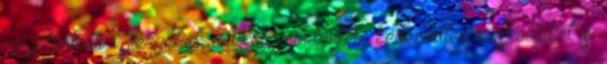
az jelentheti a férgeket, tetűket, mindenféle kellemetlen élősködőket is.